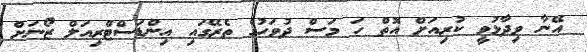
އޭނާ ވިދާޅުވީ ކުރިއަށް އޮތް ހަ މަސް ދުވަހުގެ ތެރޭގައި އިންޑަސްޓްރިއަލް ޒޯނަށް